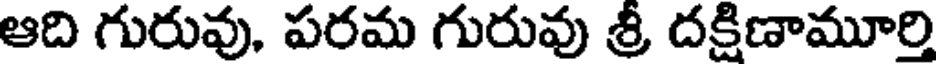
ఆది గురువు, పరమ గురువు శ్రీ దక్షిణామూర్తి